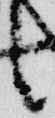
言